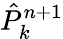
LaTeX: \hat{P}_{k}^{n+1}